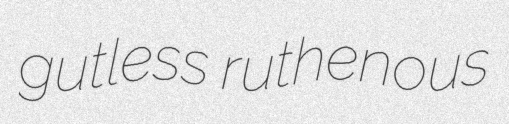
gutless ruthenous